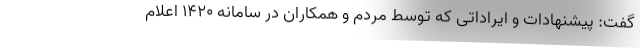
گفت: پیشنهادات و ایراداتی که توسط مردم و همکاران در سامانه ۱۴۲۰ اعلام